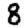
Digit: 8